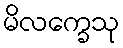
မိလက္ခေသု